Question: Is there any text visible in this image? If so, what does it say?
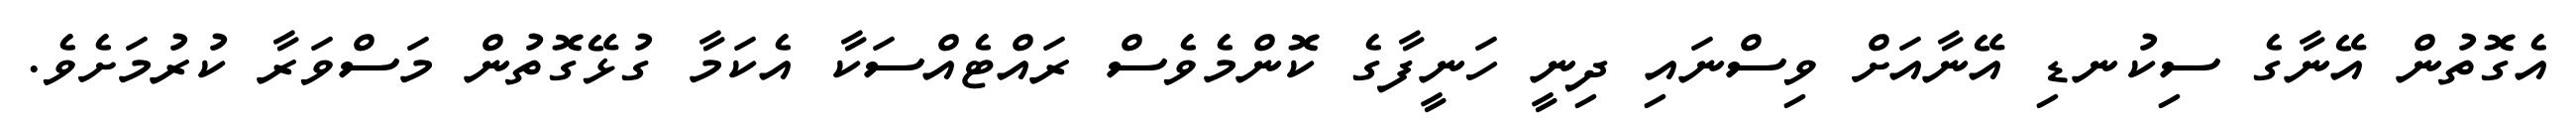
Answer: އެގޮތުން އޭނާގެ ސިކުނޑި އޭނާއަށް ވިސްނައި ދިނީ ހަނީފާގެ ކޮންމެވެސް ރައްޓެއްސަކާ އެކަމާ ގުޅޭގޮތުން މަސްވަރާ ކުރުމަށެވެ.